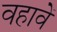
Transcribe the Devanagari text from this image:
वहावें